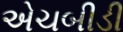
એચબીડી